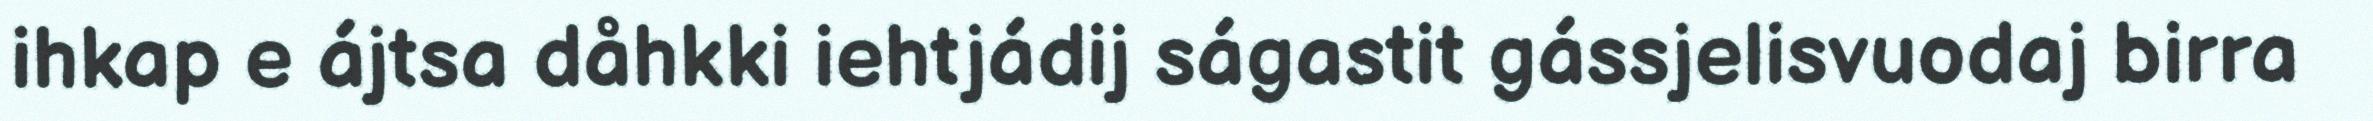
ihkap e ájtsa dåhkki iehtjádij ságastit gássjelisvuodaj birra